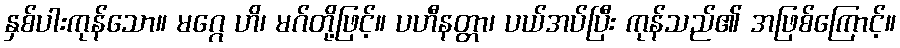
နှစ်ပါးကုန်သော။ မဂ္ဂေ ဟိ၊ မဂ်တို့ဖြင့်။ ပဟီနတ္တာ၊ ပယ်အပ်ပြီး ကုန်သည်၏ အဖြစ်ကြောင့်။